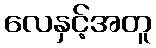
လေနှင့်အတူ